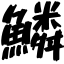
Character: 鱗